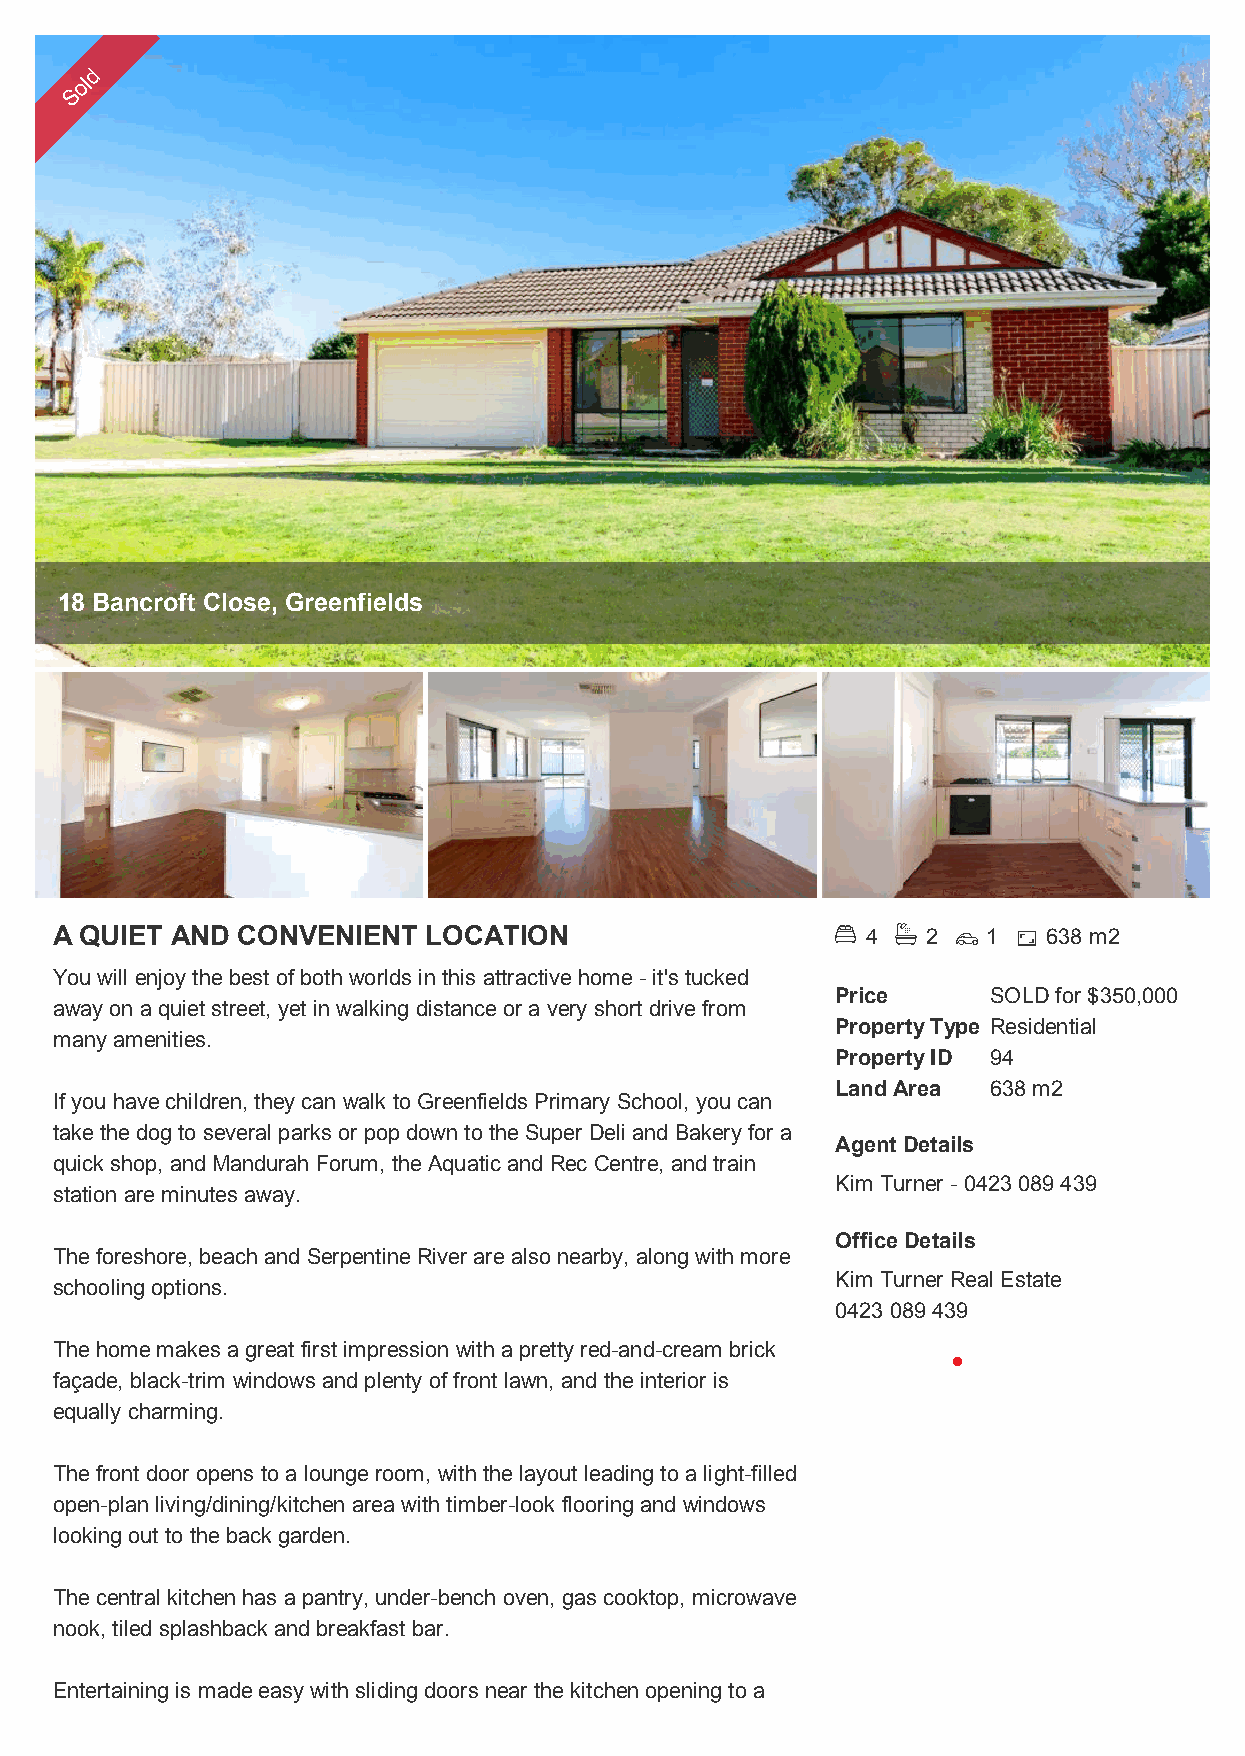
d
 ol
 S
 18 Bancroft Close, Greenfields
 A QUIET AND  CONVENIENT  LOCATION                    4  2  1  638 m2
 You will enjoy the best of both worlds in this attractive home - it's tucked
 Price      SOLD for $350,000
 away on a quiet street, yet in walking distance or a very short drive from
 Property Type Residential
 many amenities.
 Property ID 94
 Land Area  638 m2
 If you have children, they can walk to Greenfields Primary School, you can
 take the dog to several parks or pop down to the Super Deli and Bakery for a
 Agent Details
 quick shop, and Mandurah Forum, the Aquatic and Rec Centre, and train
 Kim Turner - 0423 089 439
 station are minutes away.
 Office Details
 The foreshore, beach and Serpentine River are also nearby, along with more
 Kim Turner Real Estate
 schooling options.
 0423 089 439
 The home makes a great first impression with a pretty red-and-cream brick
 façade, black-trim windows and plenty of front lawn, and the interior is
 equally charming.
 The front door opens to a lounge room, with the layout leading to a light-filled
 open-plan living/dining/kitchen area with timber-look flooring and windows
 looking out to the back garden.
 The central kitchen has a pantry, under-bench oven, gas cooktop, microwave
 nook, tiled splashback and breakfast bar.
 Entertaining is made easy with sliding doors near the kitchen opening to a